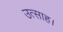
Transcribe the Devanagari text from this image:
उत्‍साह।